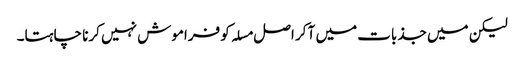
لیکن میں جذبات میں آ کر اصل مسلہ کو فراموش نہیں کرنا چاہتا۔